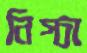
নিস্চা